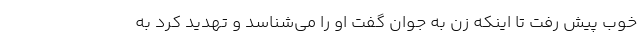
خوب پیش رفت تا اینکه زن به جوان گفت او را می‌‌شناسد و تهدید کرد به